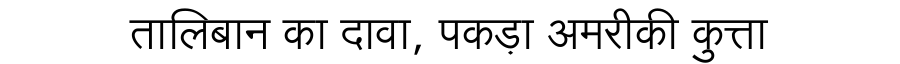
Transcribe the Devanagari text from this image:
तालिबान का दावा, पकड़ा अमरीकी कुत्ता